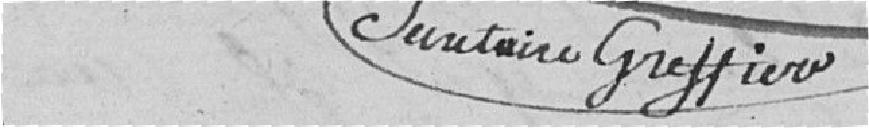
Santoine Greffier